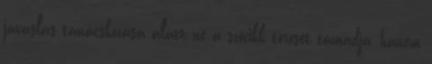
javaslás tanácskozása alatt ne a szócikk törzsét támadja, hanem